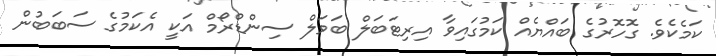
ކަމެކެވެ. ގޮހޮރުގެ ބައްޔެއް ކަމުގައިވާ އިރިޓަބަލް ބަވަލް ސިންޑްރޯމް އަކީ އެކަމުގެ ސަބަބުން